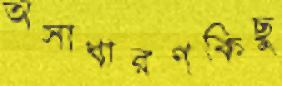
অসাধারণকিছু